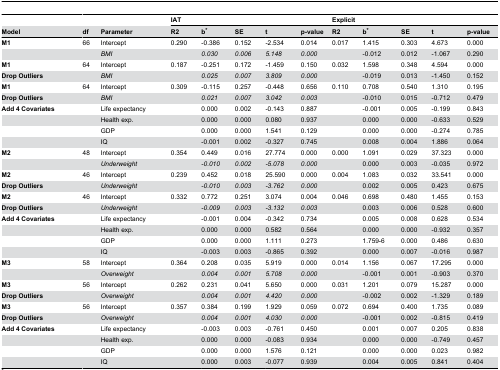
<table><thead><tr><td></td><td></td><td></td><td colspan="5"><b>IAT</b></td><td colspan="5"><b>Explicit</b></td></tr><tr><td><b>Model</b></td><td><b>df</b></td><td><b>Parameter</b></td><td><b>R2</b></td><td><b>b*</b></td><td><b>SE</b></td><td><b>t</b></td><td><b>p-value</b></td><td><b>R2</b></td><td><b>b*</b></td><td><b>SE</b></td><td><b>t</b></td><td><b>p-value</b></td></tr></thead><tbody><tr><td><b>M1</b></td><td>66</td><td>Intercept</td><td>0.290</td><td>-0.386</td><td>0.152</td><td>-2.534</td><td>0.014</td><td>0.017</td><td>1.415</td><td>0.303</td><td>4.673</td><td>0.000</td></tr><tr><td></td><td></td><td><i>BMI</i></td><td></td><td><i>0.030</i></td><td><i>0.006</i></td><td><i>5.148</i></td><td><i>0.000</i></td><td></td><td>-0.012</td><td>0.012</td><td>-1.067</td><td>0.290</td></tr><tr><td><b>M1</b></td><td>64</td><td>Intercept</td><td>0.187</td><td>-0.251</td><td>0.172</td><td>-1.459</td><td>0.150</td><td>0.032</td><td>1.598</td><td>0.348</td><td>4.594</td><td>0.000</td></tr><tr><td><b>Drop Outliers</b></td><td></td><td><i>BMI</i></td><td></td><td><i>0.025</i></td><td><i>0.007</i></td><td><i>3.809</i></td><td><i>0.000</i></td><td></td><td>-0.019</td><td>0.013</td><td>-1.450</td><td>0.152</td></tr><tr><td><b>M1</b></td><td>64</td><td>Intercept</td><td>0.309</td><td>-0.115</td><td>0.257</td><td>-0.448</td><td>0.656</td><td>0.110</td><td>0.708</td><td>0.540</td><td>1.310</td><td>0.195</td></tr><tr><td><b>Drop Outliers</b></td><td></td><td><i>BMI</i></td><td></td><td><i>0.021</i></td><td><i>0.007</i></td><td><i>3.042</i></td><td><i>0.003</i></td><td></td><td>-0.010</td><td>0.015</td><td>-0.712</td><td>0.479</td></tr><tr><td><b>Add 4 Covariates</b></td><td></td><td>Life expectancy</td><td></td><td>0.000</td><td>0.002</td><td>-0.143</td><td>0.887</td><td></td><td>-0.001</td><td>0.005</td><td>-0.199</td><td>0.843</td></tr><tr><td></td><td></td><td>Health exp.</td><td></td><td>0.000</td><td>0.000</td><td>0.080</td><td>0.937</td><td></td><td>0.000</td><td>0.000</td><td>-0.633</td><td>0.529</td></tr><tr><td></td><td></td><td>GDP</td><td></td><td>0.000</td><td>0.000</td><td>1.541</td><td>0.129</td><td></td><td>0.000</td><td>0.000</td><td>-0.274</td><td>0.785</td></tr><tr><td></td><td></td><td>IQ</td><td></td><td>-0.001</td><td>0.002</td><td>-0.327</td><td>0.745</td><td></td><td>0.008</td><td>0.004</td><td>1.886</td><td>0.064</td></tr><tr><td><b>M2</b></td><td>48</td><td>Intercept</td><td>0.354</td><td>0.449</td><td>0.016</td><td>27.774</td><td>0.000</td><td>0.000</td><td>1.091</td><td>0.029</td><td>37.323</td><td>0.000</td></tr><tr><td></td><td></td><td><i>Underweight</i></td><td></td><td><i>-0.010</i></td><td><i>0.002</i></td><td><i>-5.078</i></td><td><i>0.000</i></td><td></td><td>0.000</td><td>0.003</td><td>-0.035</td><td>0.972</td></tr><tr><td><b>M2</b></td><td>46</td><td>Intercept</td><td>0.239</td><td>0.452</td><td>0.018</td><td>25.590</td><td>0.000</td><td>0.004</td><td>1.083</td><td>0.032</td><td>33.541</td><td>0.000</td></tr><tr><td><b>Drop Outliers</b></td><td></td><td><i>Underweight</i></td><td></td><td><i>-0.010</i></td><td><i>0.003</i></td><td><i>-3.762</i></td><td><i>0.000</i></td><td></td><td>0.002</td><td>0.005</td><td>0.423</td><td>0.675</td></tr><tr><td><b>M2</b></td><td>46</td><td>Intercept</td><td>0.332</td><td>0.772</td><td>0.251</td><td>3.074</td><td>0.004</td><td>0.046</td><td>0.698</td><td>0.480</td><td>1.455</td><td>0.153</td></tr><tr><td><b>Drop Outliers</b></td><td></td><td><i>Underweight</i></td><td></td><td><i>-0.009</i></td><td><i>0.003</i></td><td><i>-3.132</i></td><td><i>0.003</i></td><td></td><td>0.003</td><td>0.006</td><td>0.528</td><td>0.600</td></tr><tr><td><b>Add 4 Covariates</b></td><td></td><td>Life expectancy</td><td></td><td>-0.001</td><td>0.004</td><td>-0.342</td><td>0.734</td><td></td><td>0.005</td><td>0.008</td><td>0.628</td><td>0.534</td></tr><tr><td></td><td></td><td>Health exp.</td><td></td><td>0.000</td><td>0.000</td><td>0.582</td><td>0.564</td><td></td><td>0.000</td><td>0.000</td><td>-0.932</td><td>0.357</td></tr><tr><td></td><td></td><td>GDP</td><td></td><td>0.000</td><td>0.000</td><td>1.111</td><td>0.273</td><td></td><td>1.759-6</td><td>0.000</td><td>0.486</td><td>0.630</td></tr><tr><td></td><td></td><td>IQ</td><td></td><td>-0.003</td><td>0.003</td><td>-0.865</td><td>0.392</td><td></td><td>0.000</td><td>0.007</td><td>-0.016</td><td>0.987</td></tr><tr><td><b>M3</b></td><td>58</td><td>Intercept</td><td>0.364</td><td>0.208</td><td>0.035</td><td>5.919</td><td>0.000</td><td>0.014</td><td>1.156</td><td>0.067</td><td>17.295</td><td>0.000</td></tr><tr><td></td><td></td><td><i>Overweight</i></td><td></td><td><i>0.004</i></td><td><i>0.001</i></td><td><i>5.708</i></td><td><i>0.000</i></td><td></td><td>-0.001</td><td>0.001</td><td>-0.903</td><td>0.370</td></tr><tr><td><b>M3</b></td><td>56</td><td>Intercept</td><td>0.262</td><td>0.231</td><td>0.041</td><td>5.650</td><td>0.000</td><td>0.031</td><td>1.201</td><td>0.079</td><td>15.287</td><td>0.000</td></tr><tr><td><b>Drop Outliers</b></td><td></td><td><i>Overweight</i></td><td></td><td><i>0.004</i></td><td><i>0.001</i></td><td><i>4.420</i></td><td><i>0.000</i></td><td></td><td>-0.002</td><td>0.002</td><td>-1.329</td><td>0.189</td></tr><tr><td><b>M3</b></td><td>56</td><td>Intercept</td><td>0.357</td><td>0.384</td><td>0.199</td><td>1.929</td><td>0.059</td><td>0.072</td><td>0.694</td><td>0.400</td><td>1.735</td><td>0.089</td></tr><tr><td><b>Drop Outliers</b></td><td></td><td><i>Overweight</i></td><td></td><td><i>0.004</i></td><td><i>0.001</i></td><td><i>4.030</i></td><td><i>0.000</i></td><td></td><td>-0.001</td><td>0.002</td><td>-0.815</td><td>0.419</td></tr><tr><td><b>Add 4 Covariates</b></td><td></td><td>Life expectancy</td><td></td><td>-0.003</td><td>0.003</td><td>-0.761</td><td>0.450</td><td></td><td>0.001</td><td>0.007</td><td>0.205</td><td>0.838</td></tr><tr><td></td><td></td><td>Health exp.</td><td></td><td>0.000</td><td>0.000</td><td>-0.083</td><td>0.934</td><td></td><td>0.000</td><td>0.000</td><td>-0.749</td><td>0.457</td></tr><tr><td></td><td></td><td>GDP</td><td></td><td>0.000</td><td>0.000</td><td>1.576</td><td>0.121</td><td></td><td>0.000</td><td>0.000</td><td>0.023</td><td>0.982</td></tr><tr><td></td><td></td><td>IQ</td><td></td><td>0.000</td><td>0.003</td><td>-0.077</td><td>0.939</td><td></td><td>0.004</td><td>0.005</td><td>0.841</td><td>0.404</td></tr></tbody></table>